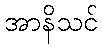
အာနိသင်